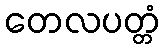
တေလပတ္တံ